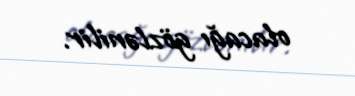
olacağı gözlənilir.